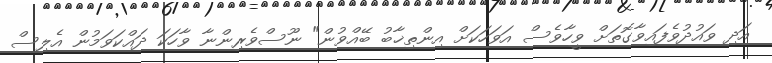
އަދި ވައުދުވެފައިވާގޮތަށް ވީހާވެސް އަވަހަކަށް އިންތިޚާބު ބޭއްވުން" ނޫސްވެރިންނާ ވާހަކަ ދައްކަވަމުން އެލިސް